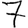
Digit: 7